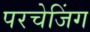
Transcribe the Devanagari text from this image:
परचेजिंग